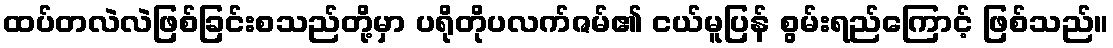
ထပ်တလဲလဲဖြစ်ခြင်းစသည်တို့မှာ ပရိုတိုပလက်ဇမ်၏ ငယ်မူပြန် စွမ်းရည်ကြောင့် ဖြစ်သည်။